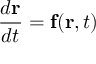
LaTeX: { \frac { d \mathbf { r } } { d t } } = \mathbf { f } ( \mathbf { r } , t )